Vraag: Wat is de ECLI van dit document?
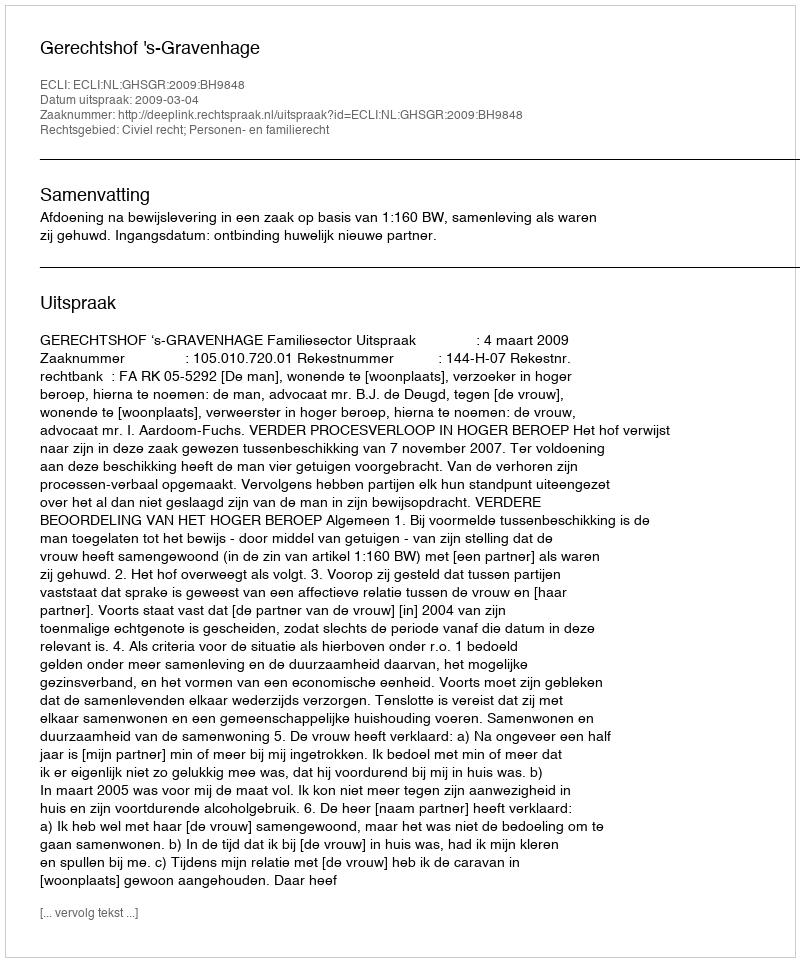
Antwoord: ECLI:NL:GHSGR:2009:BH9848